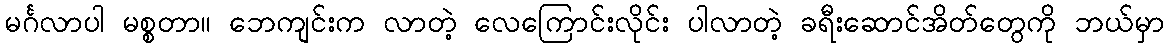
မင်္ဂလာပါ မစ္စတာ။ ဘေကျင်းက လာတဲ့ လေကြောင်းလိုင်း ပါလာတဲ့ ခရီးဆောင်အိတ်တွေကို ဘယ်မှာ